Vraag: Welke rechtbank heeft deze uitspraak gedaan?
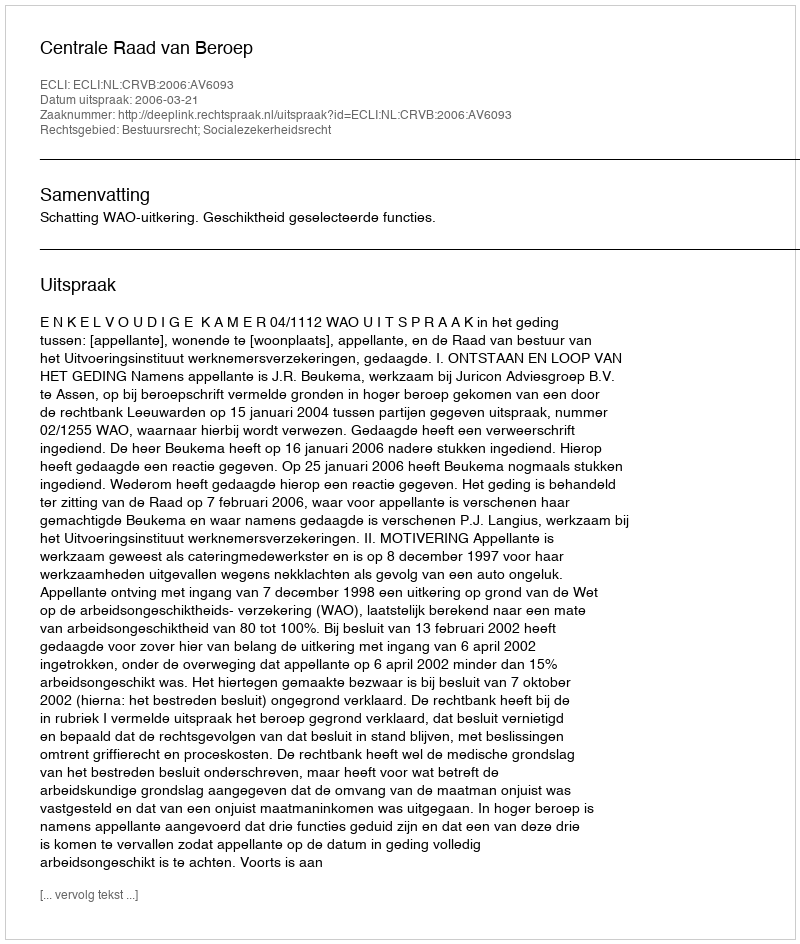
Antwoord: Centrale Raad van Beroep